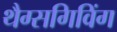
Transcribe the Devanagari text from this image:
थैग्सगिविंग